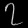
Digit: ၇